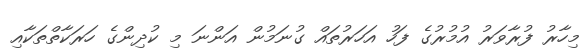
މިހާރު ފުރާވަރު އުމުރުގެ ފަހު އަހަރުތައް ގުނަމުން އަންނަ މި ކުދިންގެ ހަރަކާތްތަކާއި